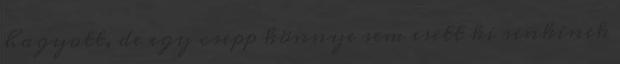
hagyott, de egy csepp könnye sem esett ki senkinek